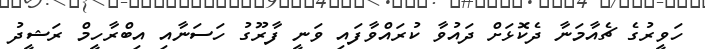
ހަވީރުގެ ޗެއާމަނާ ދެކޮޅަށް ދައުވާ ކުރައްވާފައި ވަނީ ފާރޫގު ހަސަނާއި އިބްރާހީމް ރަޝީދު